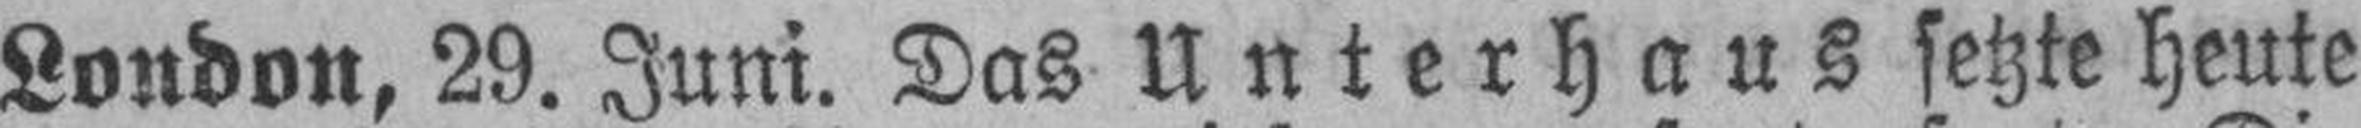
London, 29. Juni. Das Unterhaus setzte heute